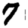
Digit: 7